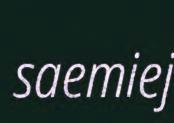
saemiej